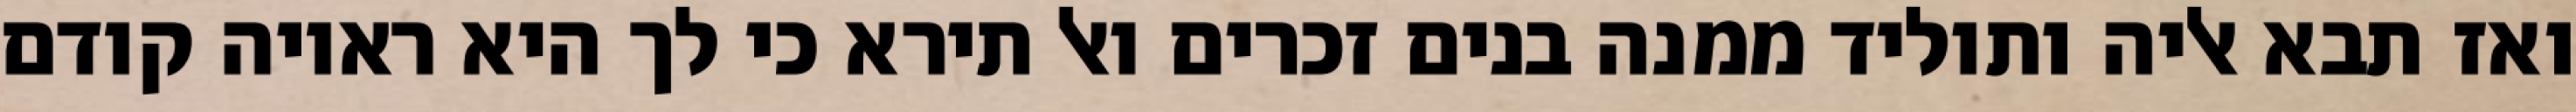
ואז תבא אליה ותוליד ממנה בנים זכרים ואל תירא כי לך היא ראויה קודם